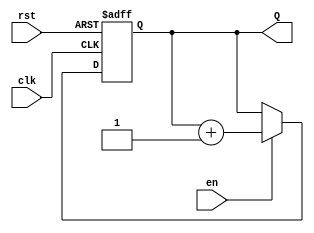
module binary_counter #(
    parameter N = 4  // Number of bits for the counter (default is 4 bits)
)(
    input wire clk,     // Clock input
    input wire rst,     // Asynchronous reset
    input wire en,      // Enable signal
    output reg [N-1:0] Q // n-bit output count
);

// Always block triggered on the rising edge of the clock or when reset is asserted
always @(posedge clk or posedge rst) begin
    if (rst) begin
        Q <= 0; // Reset the counter to 0
    end else if (en) begin
        Q <= Q + 1; // Increment the counter
    end
end

endmodule